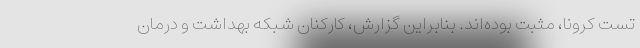
تست کرونا، مثبت بوده‌اند. بنابراین گزارش، کارکنان شبکه بهداشت و درمان